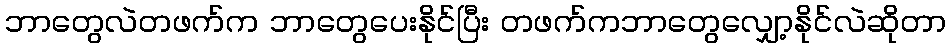
ဘာတွေလဲတဖက်က ဘာတွေပေးနိုင်ပြီး တဖက်ကဘာတွေလျှော့နိုင်လဲဆိုတာ